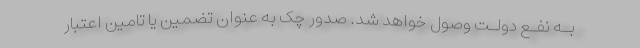
بـه نفـع دولـت وصول خواهد شد. صدور چک به عنوان تضمین یا تامین اعتبار